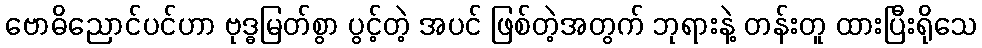
ဗောဓိညောင်ပင်ဟာ ဗုဒ္ဓမြတ်စွာ ပွင့်တဲ့ အပင် ဖြစ်တဲ့အတွက် ဘုရားနဲ့ တန်းတူ ထားပြီးရိုသေ